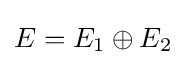
E=E_{1}\oplus E_{2}